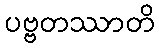
ပဗ္ဗတဿာတိ